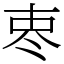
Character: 栆